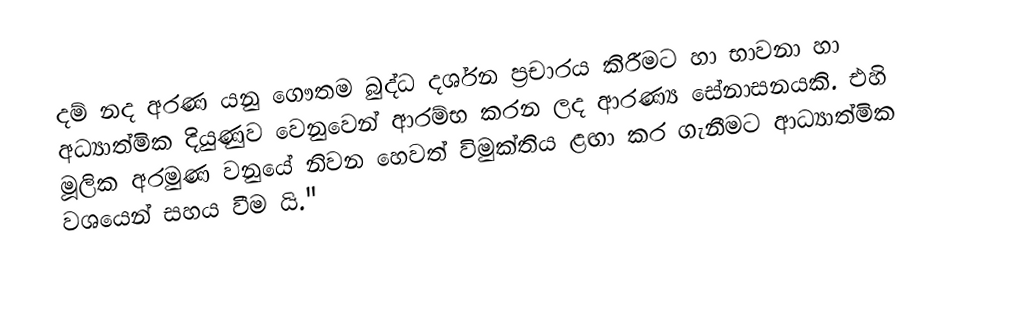
දම් නද අරණ යනු ගෞතම බුද්ධ දර්ශන ප්‍රචාරය කිරීමට හා භාවනා හා අධ්‍යාත්මික දියුණුව වෙනුවෙන් ආරම්භ කරන ලද ආරණ්‍ය සේනාසනයකි. එහි මූලික අරමුණ වනුයේ  නිවන හෙවත් විමුක්තිය  ළඟා කර ගැනීමට  ආධ්‍යාත්මික වශයෙන් සහය වීම යි."